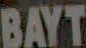
BAYT